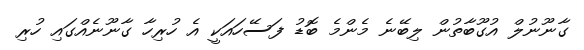
ގާނޫނުލް އުގޫބާތުން ލިބޭނެ މެންމެ ބޮޑު ފަސޭހައަކީ އެ ހުރިހާ ގާނޫނެއްގައި ހުރި